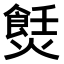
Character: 𤏼